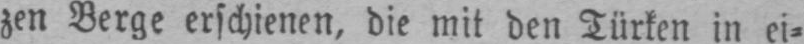
zen Berge erschienen, die mit den Türken in ei⸗